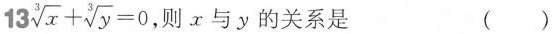
13 $$\sqrt[ 3 ] { x } + \sqrt[ 3 ] { y } = 0$$， 则x与y的关系是 ( )